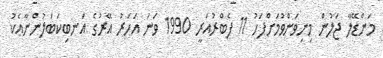
މަންޑޭލާ ޖަލުން މިނިވަންވުމަށްފަހު 11 ފެބްރުއަރީ 1990 ވަނަ އަހަރު އޭރުގެ އަނބިކަބަލުންނާއެކު